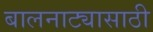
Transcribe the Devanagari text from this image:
बालनाट्यासाठी